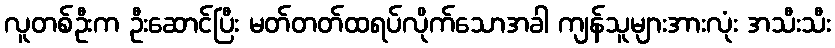
လူတစ်ဦးက ဦးဆောင်ပြီး မတ်တတ်ထရပ်လိုက်သောအခါ ကျန်သူများအားလုံး အသီးသီး